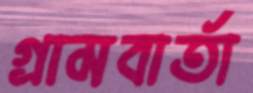
গ্রামবার্তা